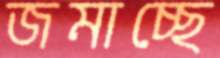
জমাচ্ছে